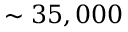
\sim 3 5 , 0 0 0